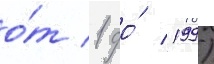
о́т 1 до́ 199)